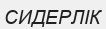
СИДЕРЛІК